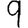
Digit: 9